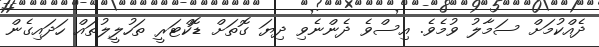
ދެއްކުމަށް ސަމާލު ވުމެވެ. އިސްވެ ދެންނެވި ދިޔަ ގޮތަށް ޑޮކްޓަރީ ތަހުލީލުތައް ހަދައިގެން